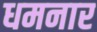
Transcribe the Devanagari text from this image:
धमनार